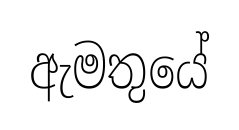
ඇමතුයේ